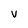
Character: v